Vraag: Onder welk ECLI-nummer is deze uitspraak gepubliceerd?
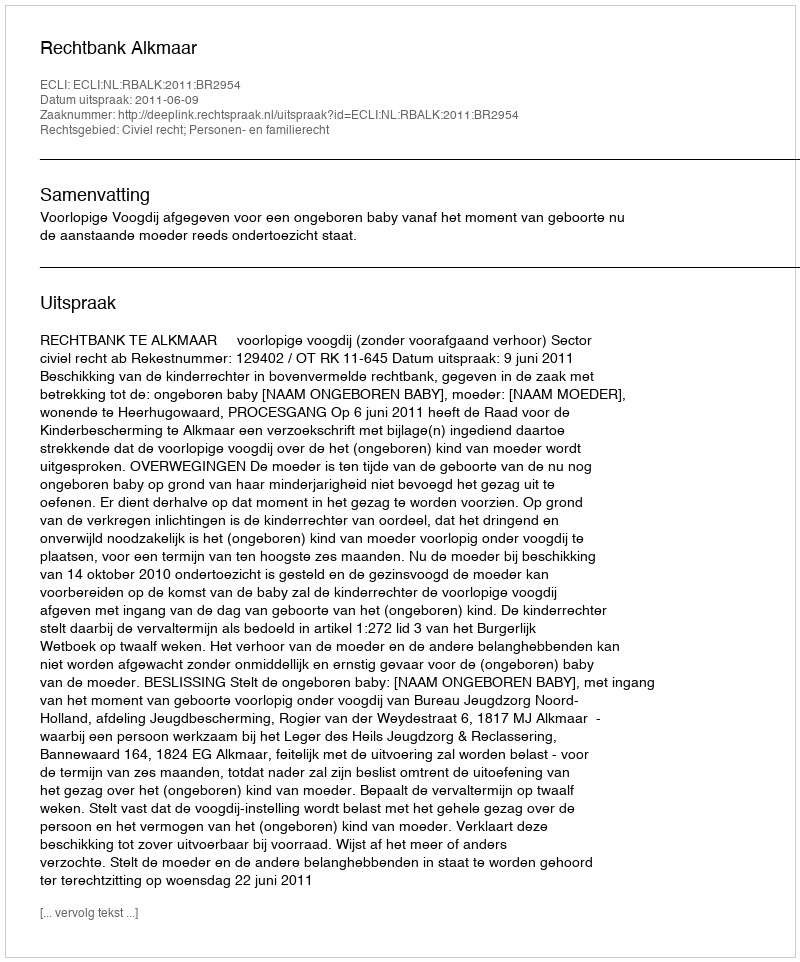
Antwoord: ECLI:NL:RBALK:2011:BR2954